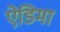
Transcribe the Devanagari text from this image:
ऐडिमा